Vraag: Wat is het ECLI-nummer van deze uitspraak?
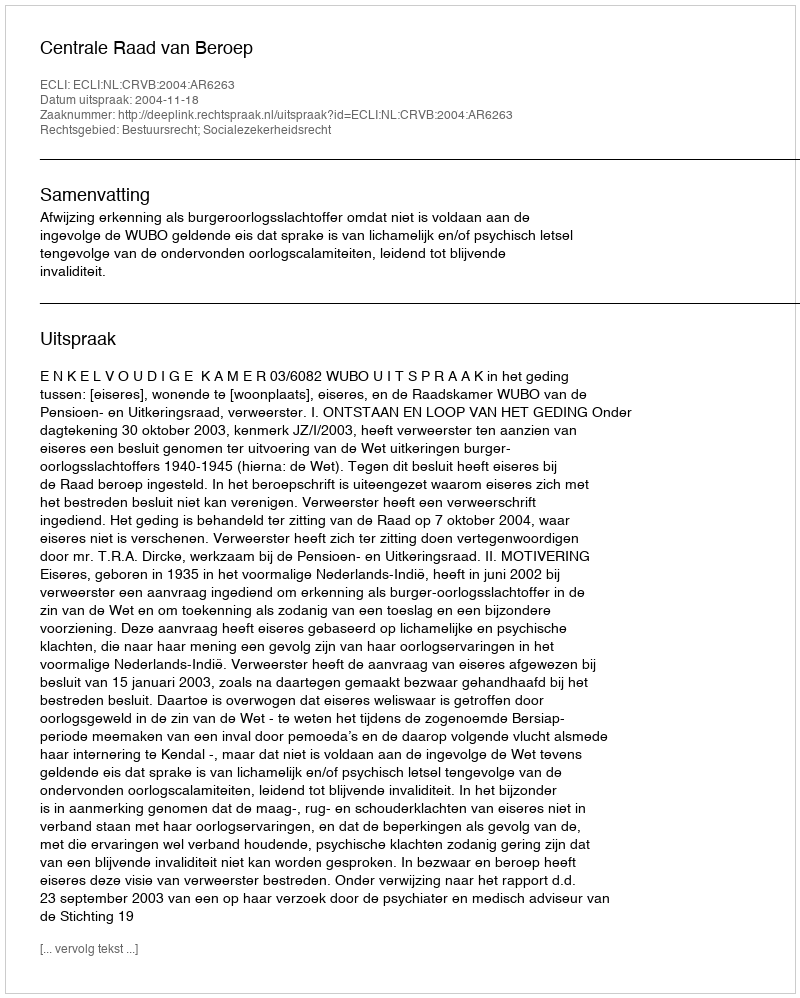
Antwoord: ECLI:NL:CRVB:2004:AR6263